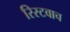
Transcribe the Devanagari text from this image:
रिस्टवाच